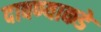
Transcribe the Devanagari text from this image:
दाबण्याकडे